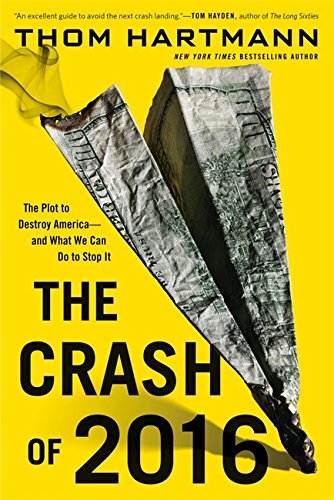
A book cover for The Crash of 2016: The Plot to Destroy America--and What We Can Do to Stop It; Thom Hartmann; Business & Money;